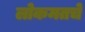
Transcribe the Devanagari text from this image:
लोकमतचे